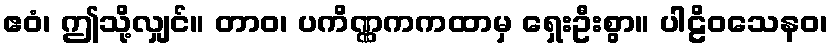
ဧဝံ၊ ဤသို့လျှင်။ တာဝ၊ ပကိဏ္ဏကကထာမှ ရှေးဦးစွာ။ ပါဠိဝသေနဝ၊